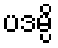
ပဒမ္ပိ